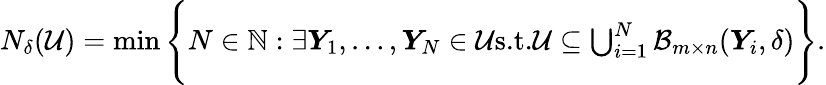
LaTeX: \begin{array}{r}{N_{\delta}(\mathcal{U})=\operatorname*{min}\Bigg\{ N\in\mathbb N:\exists{\boldsymbol{Y}}_{1},\dots,{\boldsymbol{Y}}_{N}\in\mathcal{U}\textrm{s.t.}\mathcal{U}\subseteq\bigcup_{i=1}^{N}\mathcal{B}_{m\times n}({\boldsymbol{Y}}_{i},\delta)\Bigg\} .}\end{array}